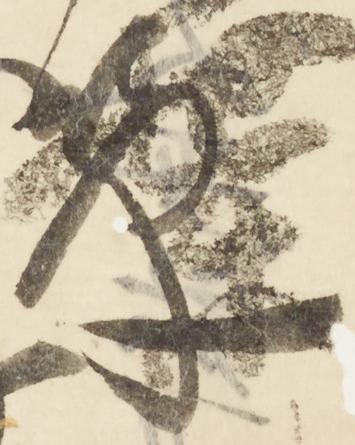
章